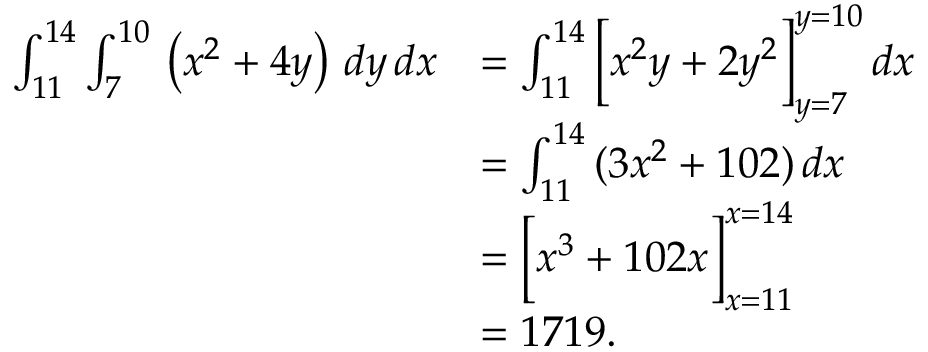
{ \begin{array} { r l } { \int _ { 1 1 } ^ { 1 4 } \int _ { 7 } ^ { 1 0 } \, \left( x ^ { 2 } + 4 y \right) \, d y \, d x } & { = \int _ { 1 1 } ^ { 1 4 } { \Big [ } x ^ { 2 } y + 2 y ^ { 2 } { \Big ] } _ { y = 7 } ^ { y = 1 0 } \, d x } \\ & { = \int _ { 1 1 } ^ { 1 4 } \, ( 3 x ^ { 2 } + 1 0 2 ) \, d x } \\ & { = { \Big [ } x ^ { 3 } + 1 0 2 x { \Big ] } _ { x = 1 1 } ^ { x = 1 4 } } \\ & { = 1 7 1 9 . } \end{array} }